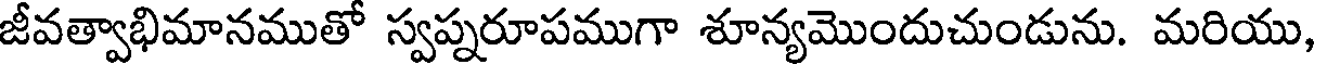
జీవత్వాభిమానముతో స్వప్నరూపముగా శూన్యమొందుచుండును. మరియు,